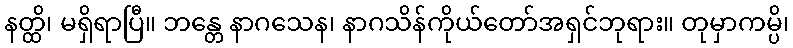
နတ္ထိ၊ မရှိရာပြီ။ ဘန္တေ နာဂသေန၊ နာဂသိန်ကိုယ်တော်အရှင်ဘုရား။ တုမှာကမ္ပိ၊